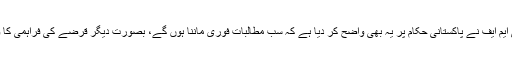
ذرائع کے مطابق آئی ایم ایف نے پاکستانی حکام پر یہ بھی واضح کر دیا ہے کہ سب مطالبات فوری ماننا ہوں گے، بصورت دیگر قرضے کی فراہمی کا وعدہ نہیں کر سکتے۔